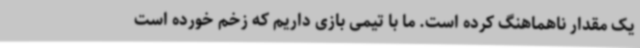
یک مقدار ناهماهنگ کرده است. ما با تیمی بازی داریم که زخم خورده است